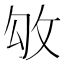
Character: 𢼃